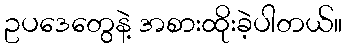
ဥပဒေတွေနဲ့ အစားထိုးခဲ့ပါတယ်။